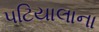
પટિયાલાના